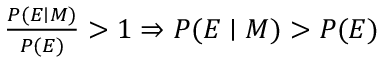
\textstyle { \frac { P ( E \mid M ) } { P ( E ) } } > 1 \Rightarrow \textstyle P ( E \mid M ) > P ( E )